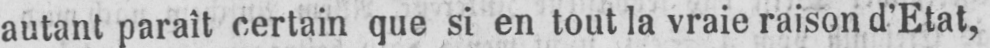
autant paraît certain que si en tout la vraie raison d’Etat,